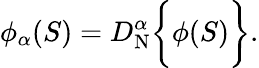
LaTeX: \phi_{\alpha}(S)=D_{\mathrm{N}}^{\alpha}\bigg\{ {\phi(S)\bigg\} }.